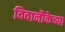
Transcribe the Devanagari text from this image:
विवानौकेच्या